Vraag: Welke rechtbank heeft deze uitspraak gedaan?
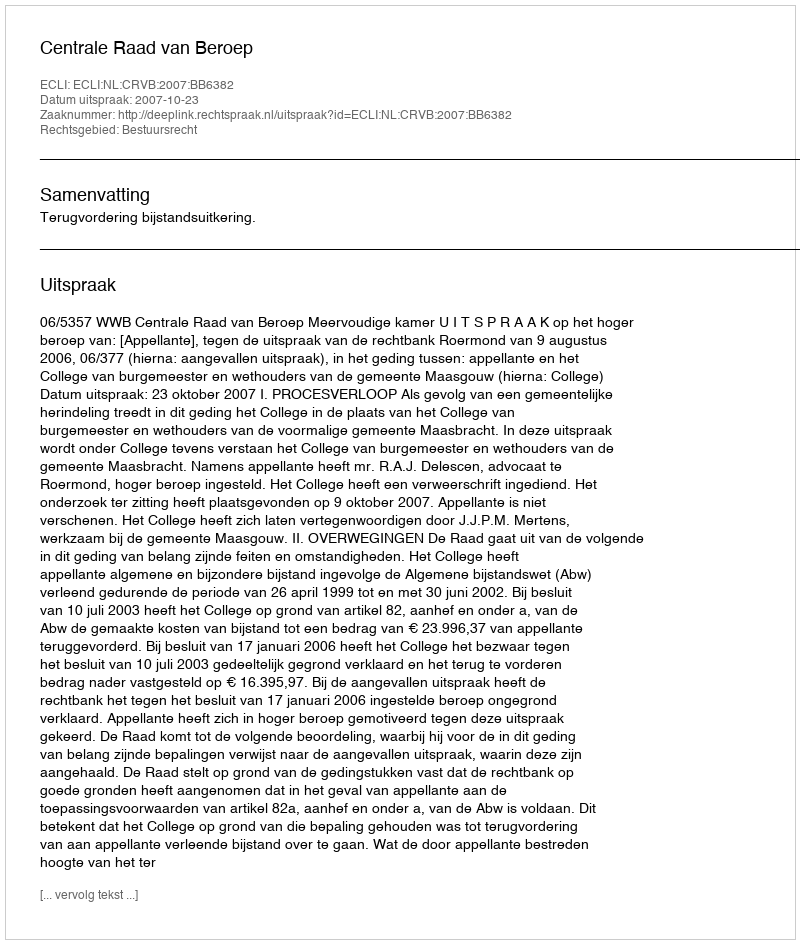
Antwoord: Centrale Raad van Beroep